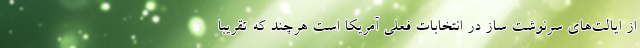
از ایالت‌های سرنوشت ساز در انتخابات فعلی آمریکا است هرچند که تقریبا